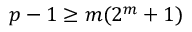
p - 1 \geq m ( 2 ^ { m } + 1 )